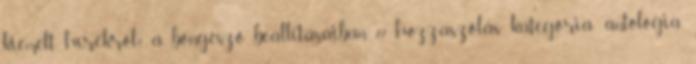
kiemelt hírekről? a böngésző beállításaiban. 72 hozzászólás kategória: antológia,